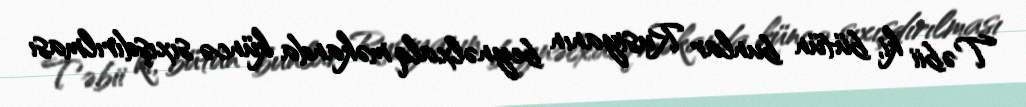
Təbii ki, bütün bunlar Rusiyanın beynəlxalq məkanda küncə sıxışdırılması